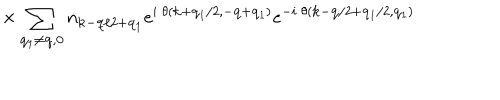
\times \sum _ { { \bf { q } } _ { 1 } \neq { \bf { q } } , { \bf { 0 } } } n _ { { \bf { k } } - { \bf { q } } / 2 + { \bf { q } } _ { 1 } } e ^ { i \mathrm { ~ } \theta ( { \bf { k } } + { \bf { q } } _ { 1 } / 2 , - { \bf { q } } + { \bf { q } } _ { 1 } ) } e ^ { - i \mathrm { ~ } \theta ( { \bf { k } } - { \bf { q } } / 2 + { \bf { q } } _ { 1 } / 2 , { \bf { q } } _ { 1 } ) }